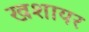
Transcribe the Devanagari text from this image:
खशायर